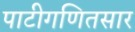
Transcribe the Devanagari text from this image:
पाटीगणितसार